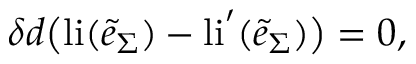
\delta d \big ( \mathrm { l i } ( \tilde { e } _ { \Sigma } ) - \mathrm { l i } ^ { \prime } ( \tilde { e } _ { \Sigma } ) \big ) = 0 ,